Protection of India from yellow fever
Disease focus: Fever
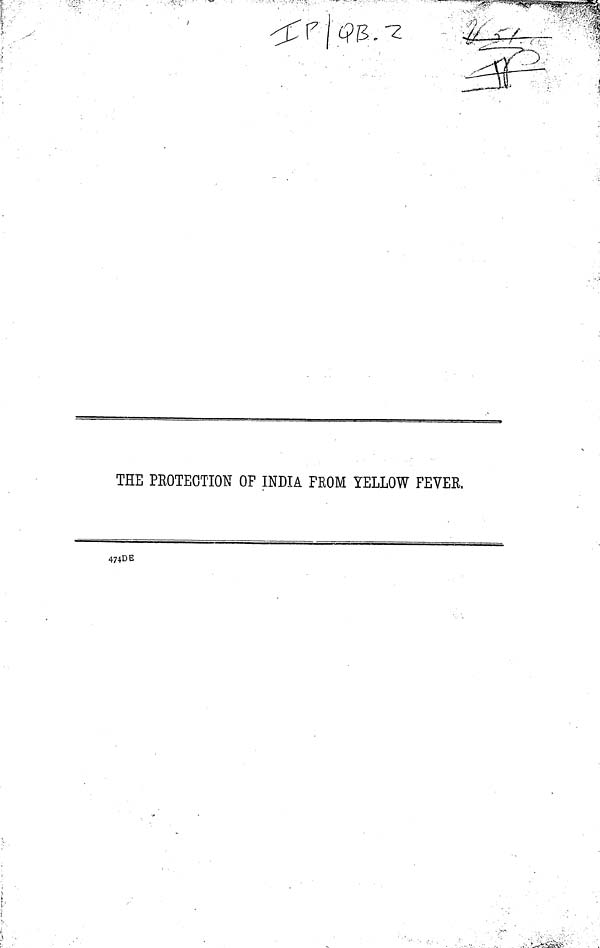
THE PROTECTION OF INDIA FROM YELLOW FEVER,
474DE